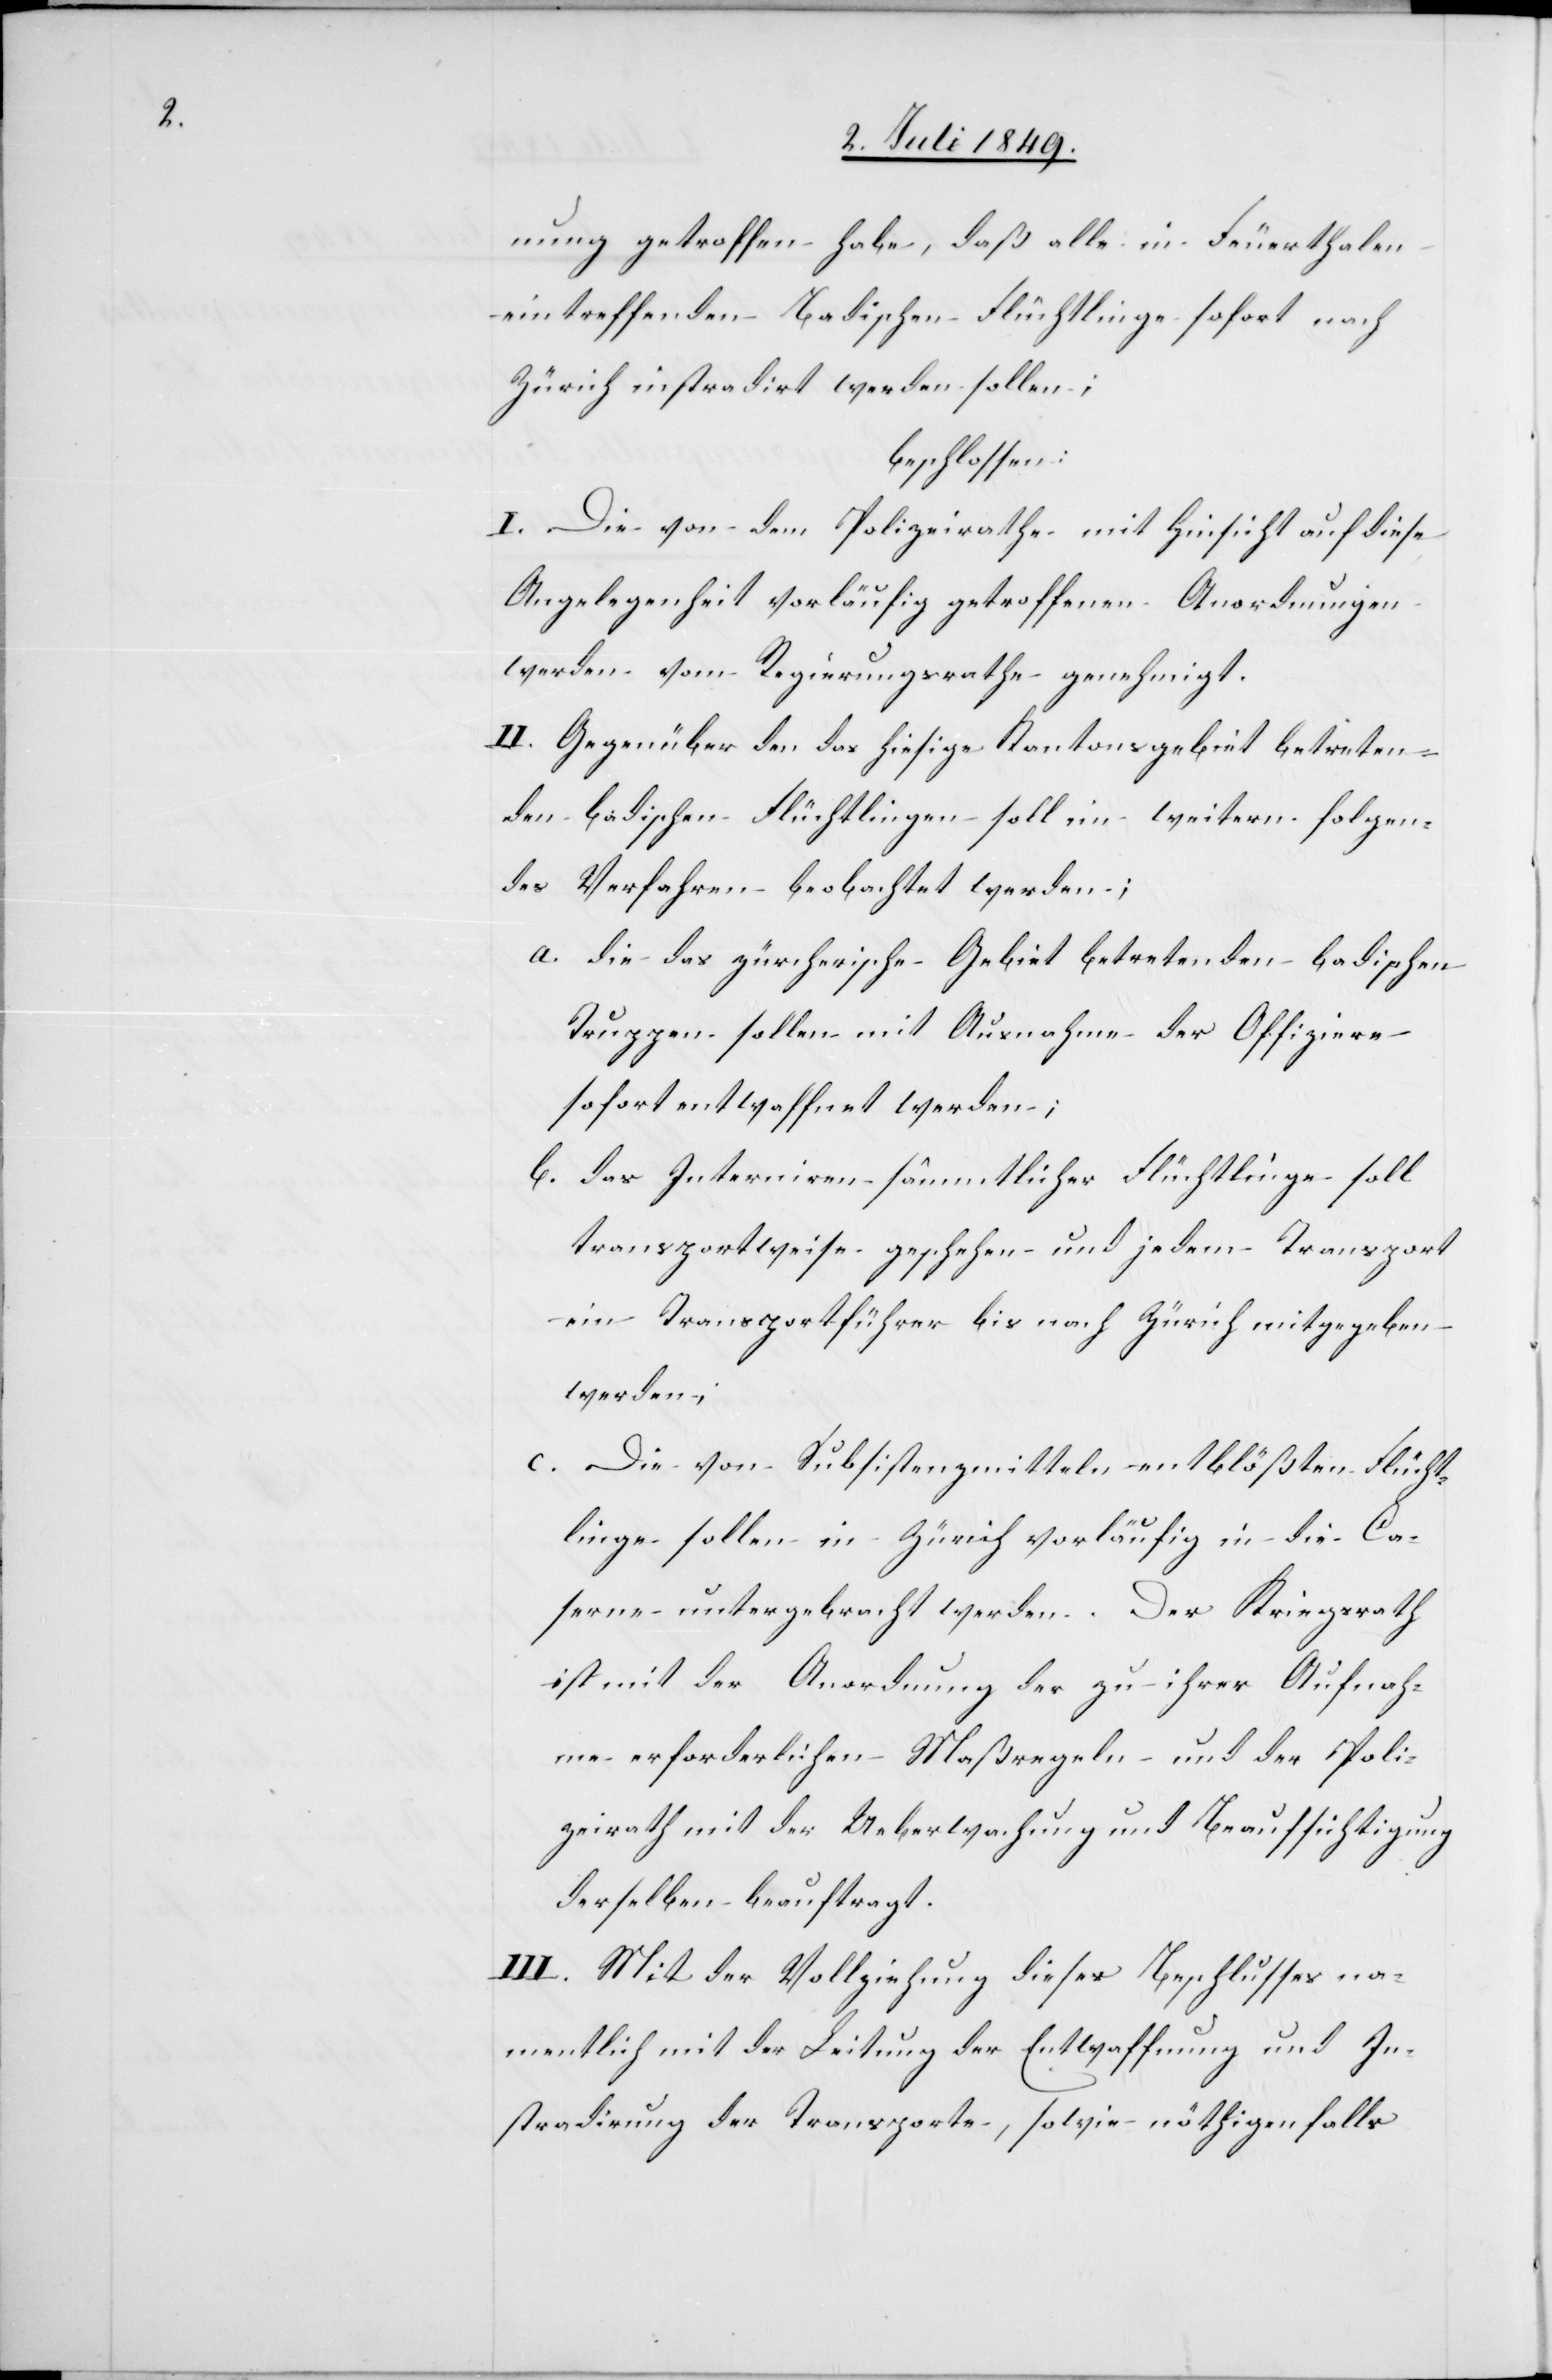
nung getroffen habe, daß alle in Feuerthalen
eintreffenden Badischen Flüchtlinge sofort nach
Zürich instradirt werden sollen;
beschlossen:
I. Die von dem Polizeirathe mit Hinsicht auf diese
Angelegenheit vorläufig getroffenen Anordnungen
werden vom Regierungsrathe genehmigt.
II. Gegenüber den das hiesige Kantonsgebiet betreten¬
den badischen Flüchtlingen soll im weitern folgen¬
des Verfahren beobachtet werden;
a. 	die das zürcherische Gebiet betretenden badischen
Truppen sollen mit Ausnahme der Offiziere
sofort entwaffnet werden;
b. 	das Interniren sämmtlicher Flüchtlinge soll
transportweise geschehen und jedem Transport
ein Transportführer bis nach Zürich mitgegeben
werden;
c. 	Die von Subsistenzmitteln entblößten Flücht¬
linge sollen in Zürich vorläufig in die [s¬
serne untergebracht werden. Der Kriegsrath
ist mit der Anordnung der zu ihrer Aufnah¬
me erforderlichen Maßregeln und der Poli¬
zeirath mit der Ueberwachung und Beaufsichtigung
derselben beauftragt.
III. Mit der Vollziehung dieses Beschlusses na¬
mentlich mit der Leitung der Entwaffnung und In¬
stradirung der Transporte, sowie nöthigenfalls

Ca¬